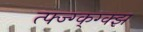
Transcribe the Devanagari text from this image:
त्फ्ज्ग्क्ग्क्झ